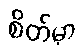
စိတ်မှာ